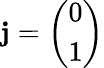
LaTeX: \mathbf{j}={\left(\begin{array}{l}{0}\\ {1}\end{array}\right)}